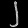
Digit: ၂